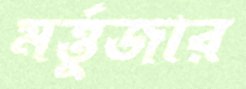
মর্ত্তুজার